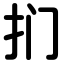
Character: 扪